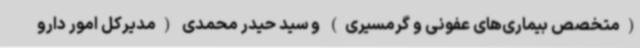
(متخصص بیماری‌های عفونی و گرمسیری) و سید حیدر محمدی (مدیرکل امور دارو